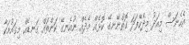
އެހެނަސް މިއަދު މިދެކޭފަދަ ގޮތްނޭނގޭ ކޮޅެއް މެދެއް ނުއެނގޭ ކަންތައް ގަނޑެއް މިގައުމަކާ